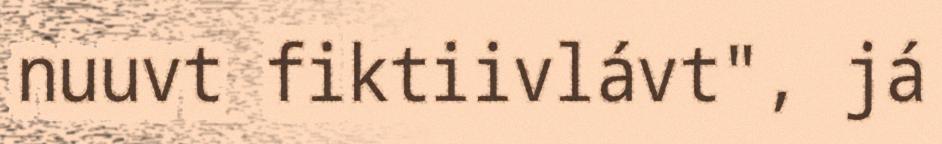
nuuvt fiktiivlávt", já